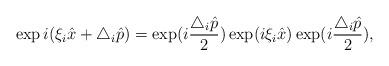
LaTeX: \begin{align*} \exp i(\xi _i \hat{x}+\triangle _i\hat{p})=\exp(i\frac{\triangle _i\hat{p}}{2})\exp (i\xi _i \hat{x}) \exp(i\frac{\triangle _i\hat{p}}{2}),\end{align*}